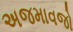
અજમાવજો